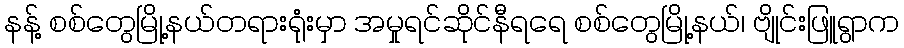
နန့် စစ်တွေမြို့နယ်တရားရုံးမှာ အမှုရင်ဆိုင်နီရရေ စစ်တွေမြို့နယ်၊ ဗျိုင်းဖြူရွာက